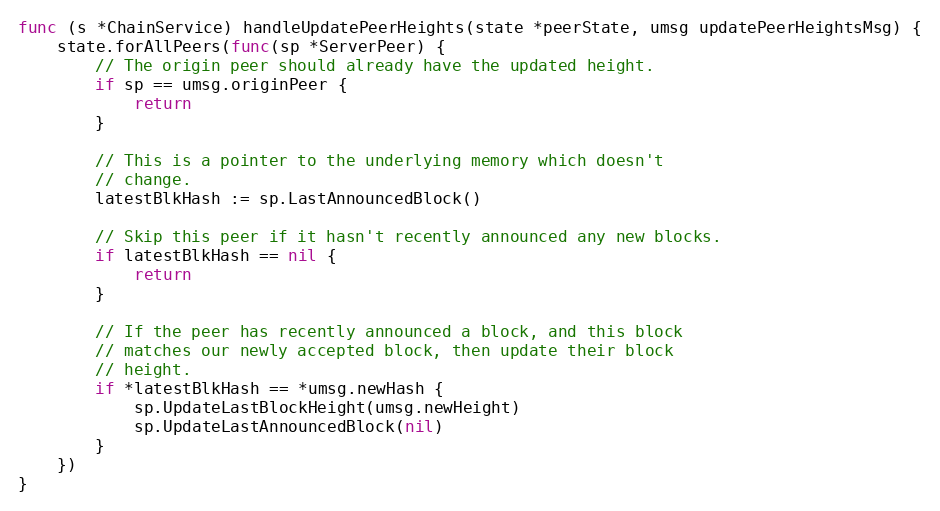
Language: Go
func (s *ChainService) handleUpdatePeerHeights(state *peerState, umsg updatePeerHeightsMsg) {
	state.forAllPeers(func(sp *ServerPeer) {
		// The origin peer should already have the updated height.
		if sp == umsg.originPeer {
			return
		}

		// This is a pointer to the underlying memory which doesn't
		// change.
		latestBlkHash := sp.LastAnnouncedBlock()

		// Skip this peer if it hasn't recently announced any new blocks.
		if latestBlkHash == nil {
			return
		}

		// If the peer has recently announced a block, and this block
		// matches our newly accepted block, then update their block
		// height.
		if *latestBlkHash == *umsg.newHash {
			sp.UpdateLastBlockHeight(umsg.newHeight)
			sp.UpdateLastAnnouncedBlock(nil)
		}
	})
}